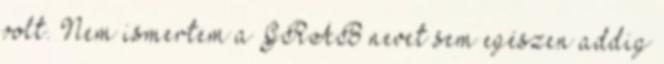
volt. Nem ismertem a GRAB nevet sem egészen addig